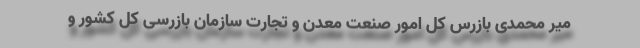
میر محمدی بازرس کل امور صنعت معدن و تجارت سازمان بازرسی کل کشور و